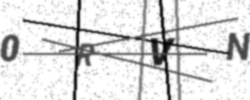
Text: 0RVN